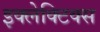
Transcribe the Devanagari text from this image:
इक्लेक्टिक्स